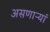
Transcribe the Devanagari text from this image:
असणाऱ्यां